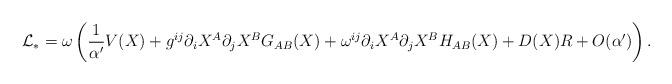
LaTeX: \begin{align*}{\cal L}_{\ast}=\omega\left(\frac1{\alpha'}V(X)+g^{ij}\partial_iX^A\partial_jX^BG_{AB}(X)+\omega^{ij}\partial_iX^A\partial_jX^BH_{AB}(X)+D(X)R+O(\alpha')\right).\end{align*}